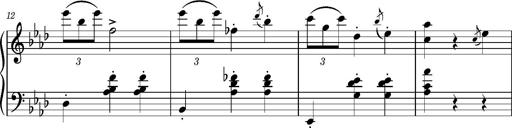
Title: Petite valse favorite
Composer: Franz Liszt
Key: A-flat major